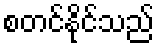
စတင်နိုင်သည်